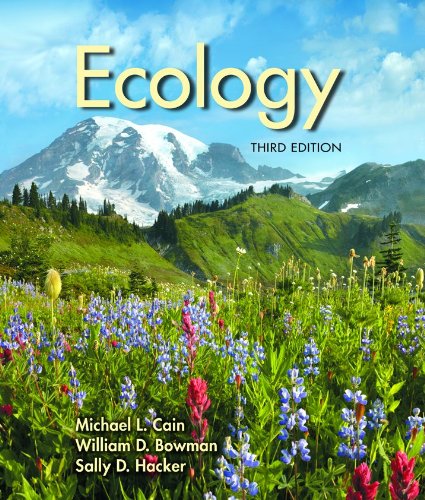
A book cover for Ecology, Third Edition; Michael L. Cain; Science & Math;